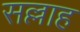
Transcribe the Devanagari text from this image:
सल्लाह